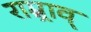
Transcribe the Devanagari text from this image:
राम्र्राव्